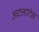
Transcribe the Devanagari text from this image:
अटलांटेस